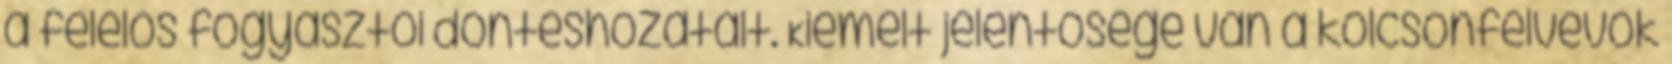
a felelős fogyasztói döntéshozatalt. Kiemelt jelentősége van a kölcsönfelvevők